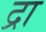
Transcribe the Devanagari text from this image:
द्रा